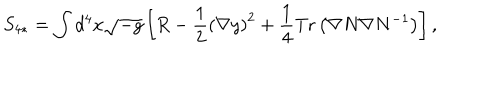
S _ { 4 * } = \int d ^ { 4 } x \sqrt { - g } \left[ R - \frac { 1 } { 2 } \left( \nabla y \right) ^ { 2 } + \frac { 1 } { 4 } \mathrm { T r } \left( \nabla N \nabla N ^ { - 1 } \right) \right] ,